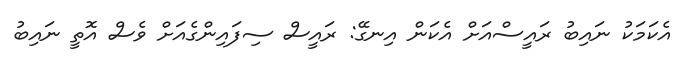
އެކަމަކު ނައިބު ރައީސްއަށް އެކަން އިނގޭ: ރައީސް ސިފައިންގެއަށް ވެސް އޮތީ ނައިބު